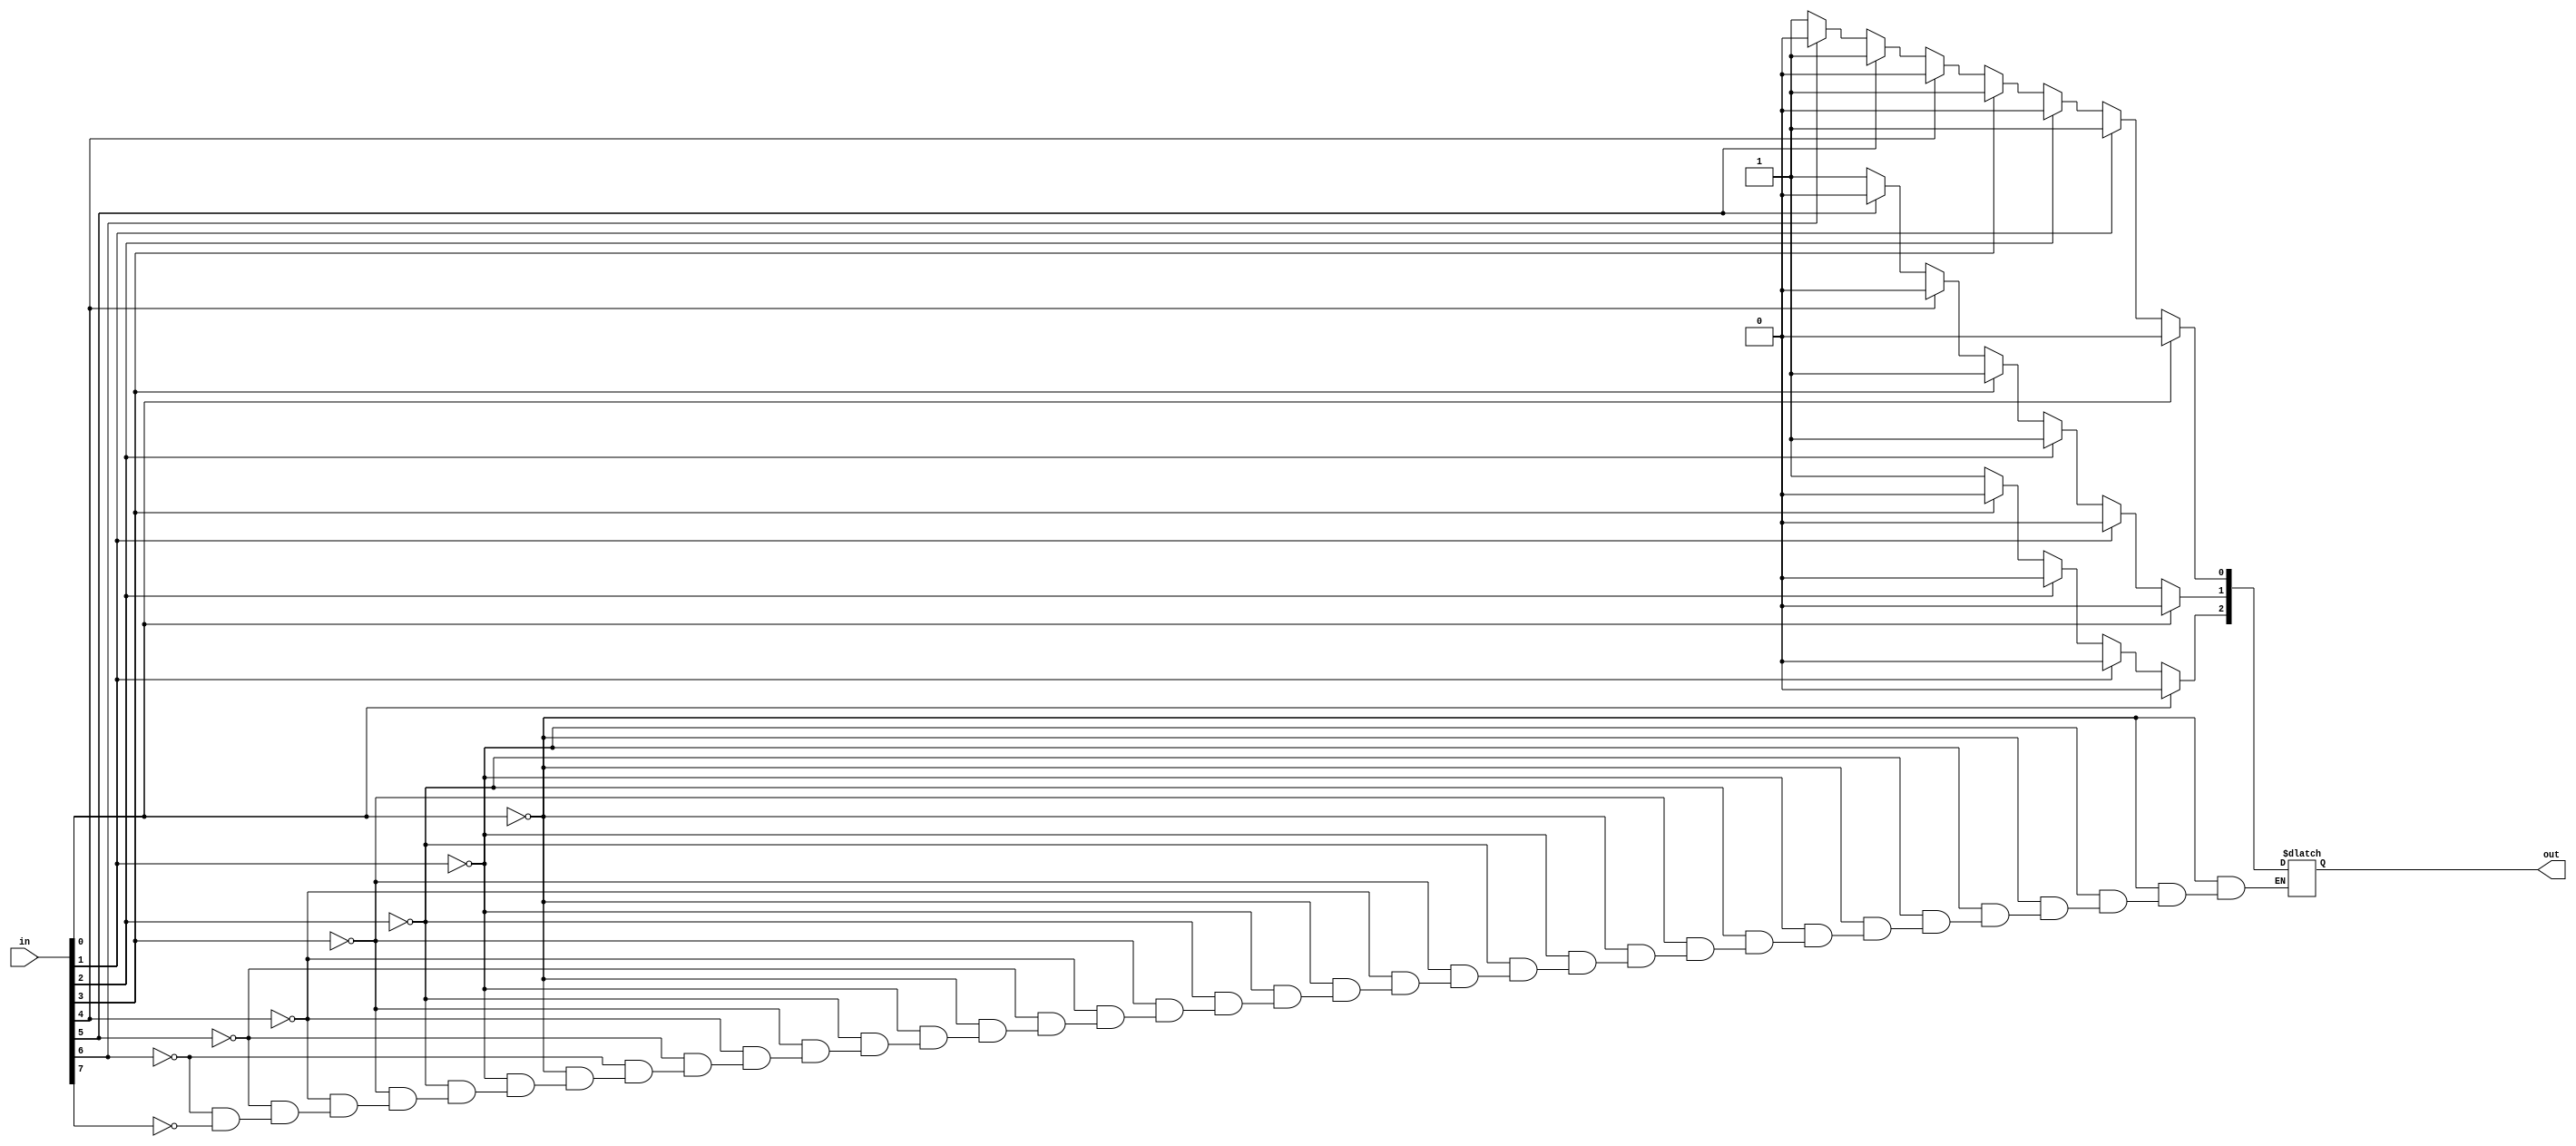
module priority_encoder_8_to_3(input[7:0] in, output[2:0] out);
	reg[2:0] out;
	always @(*) begin 
	if (in[0] == 1'b1) begin
		out[2] = 1'b0;
		out[1] = 1'b0;
		out[0] = 1'b0;
	end
	else if (in[1] == 1'b1) begin
		out[2] = 1'b0;
		out[1] = 1'b0;
		out[0] = 1'b1;
	end
	else if (in[2] == 1'b1) begin
		out[2] = 1'b0;
		out[1] = 1'b1;
		out[0] = 1'b0;
	end
	else if (in[3] == 1'b1) begin
		out[2] = 1'b0;
		out[1] = 1'b1;
		out[0] = 1'b1;
	end
	else if (in[4] == 1'b1) begin
		out[2] = 1'b1;
		out[1] = 1'b0;
		out[0] = 1'b0;
	end
	else if (in[5] == 1'b1) begin
		out[2] = 1'b1;
		out[1] = 1'b0;
		out[0] = 1'b1;
	end
	else if (in[6] == 1'b1) begin
		out[2] = 1'b1;
		out[1] = 1'b1;
		out[0] = 1'b0;
	end
	else if (in[7] == 1'b1) begin
		out[2] = 1'b1;
		out[1] = 1'b1;
		out[0] = 1'b1;
	end
	
	end

endmodule